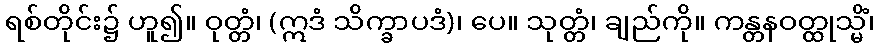
ရစ်တိုင်း၌ ဟူ၍။ ဝုတ္တံ၊ (ဣဒံ သိက္ခာပဒံ)၊ ပေ။ သုတ္တံ၊ ချည်ကို။ ကန္တနဝတ္ထုသ္မိံ၊